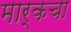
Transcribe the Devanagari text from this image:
मार्कचा